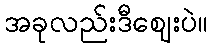
အခုလည်းဒီဈေးပဲ။